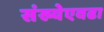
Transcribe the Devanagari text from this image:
संख्येएवढा